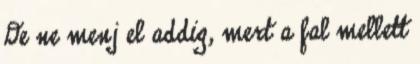
De ne menj el addig, mert a fal mellett